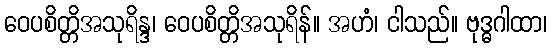
ဝေပစိတ္တိအသုရိန္ဒ၊ ဝေပစိတ္တိအသုရိန်။ အဟံ၊ ငါသည်။ ဗုဒ္ဓဂါထာ၊